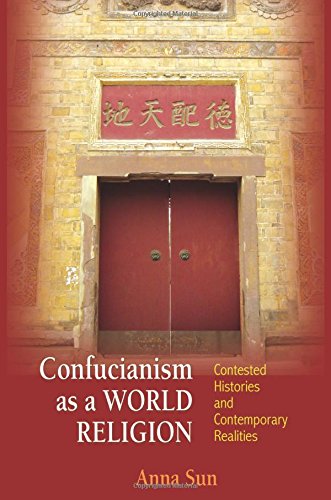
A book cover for Confucianism as a World Religion: Contested Histories and Contemporary Realities; Anna Sun; Religion & Spirituality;